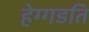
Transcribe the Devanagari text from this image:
हेग्गडति